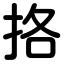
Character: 挌